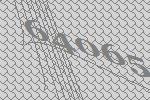
64065